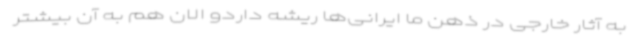
به آثار خارجی در ذهن ما ایرانی‌ها ریشه داردو الان هم به آن بیشتر